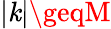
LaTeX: |\mathit{k}|\geqM